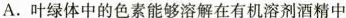
A.叶绿体中的色素能够溶解在有机溶剂酒精中